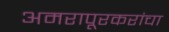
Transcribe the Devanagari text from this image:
अमरापूरकरांचा